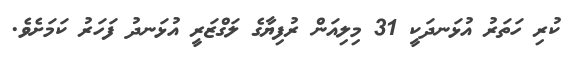
ކުރި ހަތަރު އުޅަނދަކީ 31 މިލިއަން ރުފިޔާގެ ލަގްޒަރީ އުޅަނދު ފަހަރު ކަމަށެވެ.